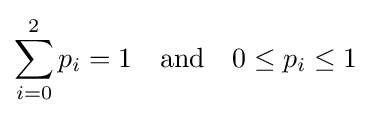
\sum _{i=0}^{2}p_{i}=1\quad {\mbox{and}}\quad 0\leq p_{i}\leq 1